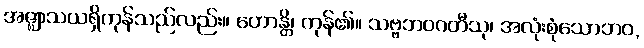
အဇ္ဈာသယရှိကုန်သည်လည်း။ ဟောန္တိ၊ ကုန်၏။ သဗ္ဗဘဝဂတီသု၊ အလုံးစုံသောဘဝ,